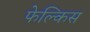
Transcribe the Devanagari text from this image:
फेल्किस